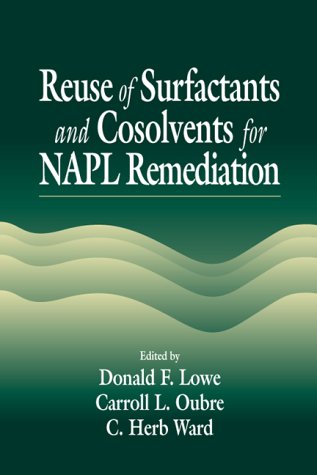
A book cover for Reuse of Surfactants and Cosolvents for NAPL Remediation (AATDF Monograph Series); Donald F. Lowe; Science & Math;